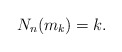
\begin{align*}N_n(m_k) = k.\end{align*}